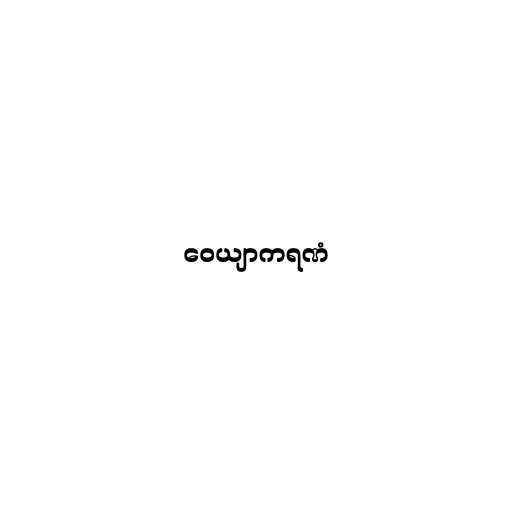
ဝေယျာကရဏံ